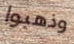
وذهبوا